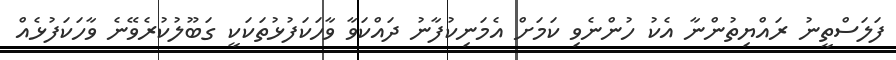
ފަލަސްތީނު ރައްޔިތުންނާ އެކު ހުންނެވި ކަމަށް އެމަނިކުފާނު ދައްކަވާ ވާހަކަފުޅުތަކަކީ ގަބޫލުކުރެވޭނެ ވާހަކަފުޅެއް